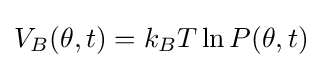
V_{B}(\theta ,t)=k_{B}T\ln P(\theta ,t)